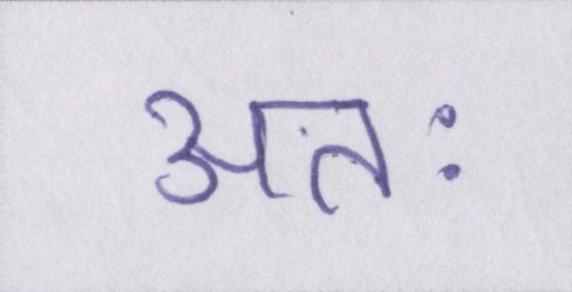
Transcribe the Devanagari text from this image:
अतः